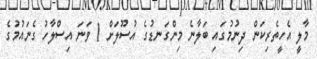
މާލީ އެހީތެރިކަން ދިނުމުގައި ބަލާނެ މިންގަނޑުގެ އުސޫލަށް 1 ވަނަ އިސްލާހު ގެނައުމުގެ